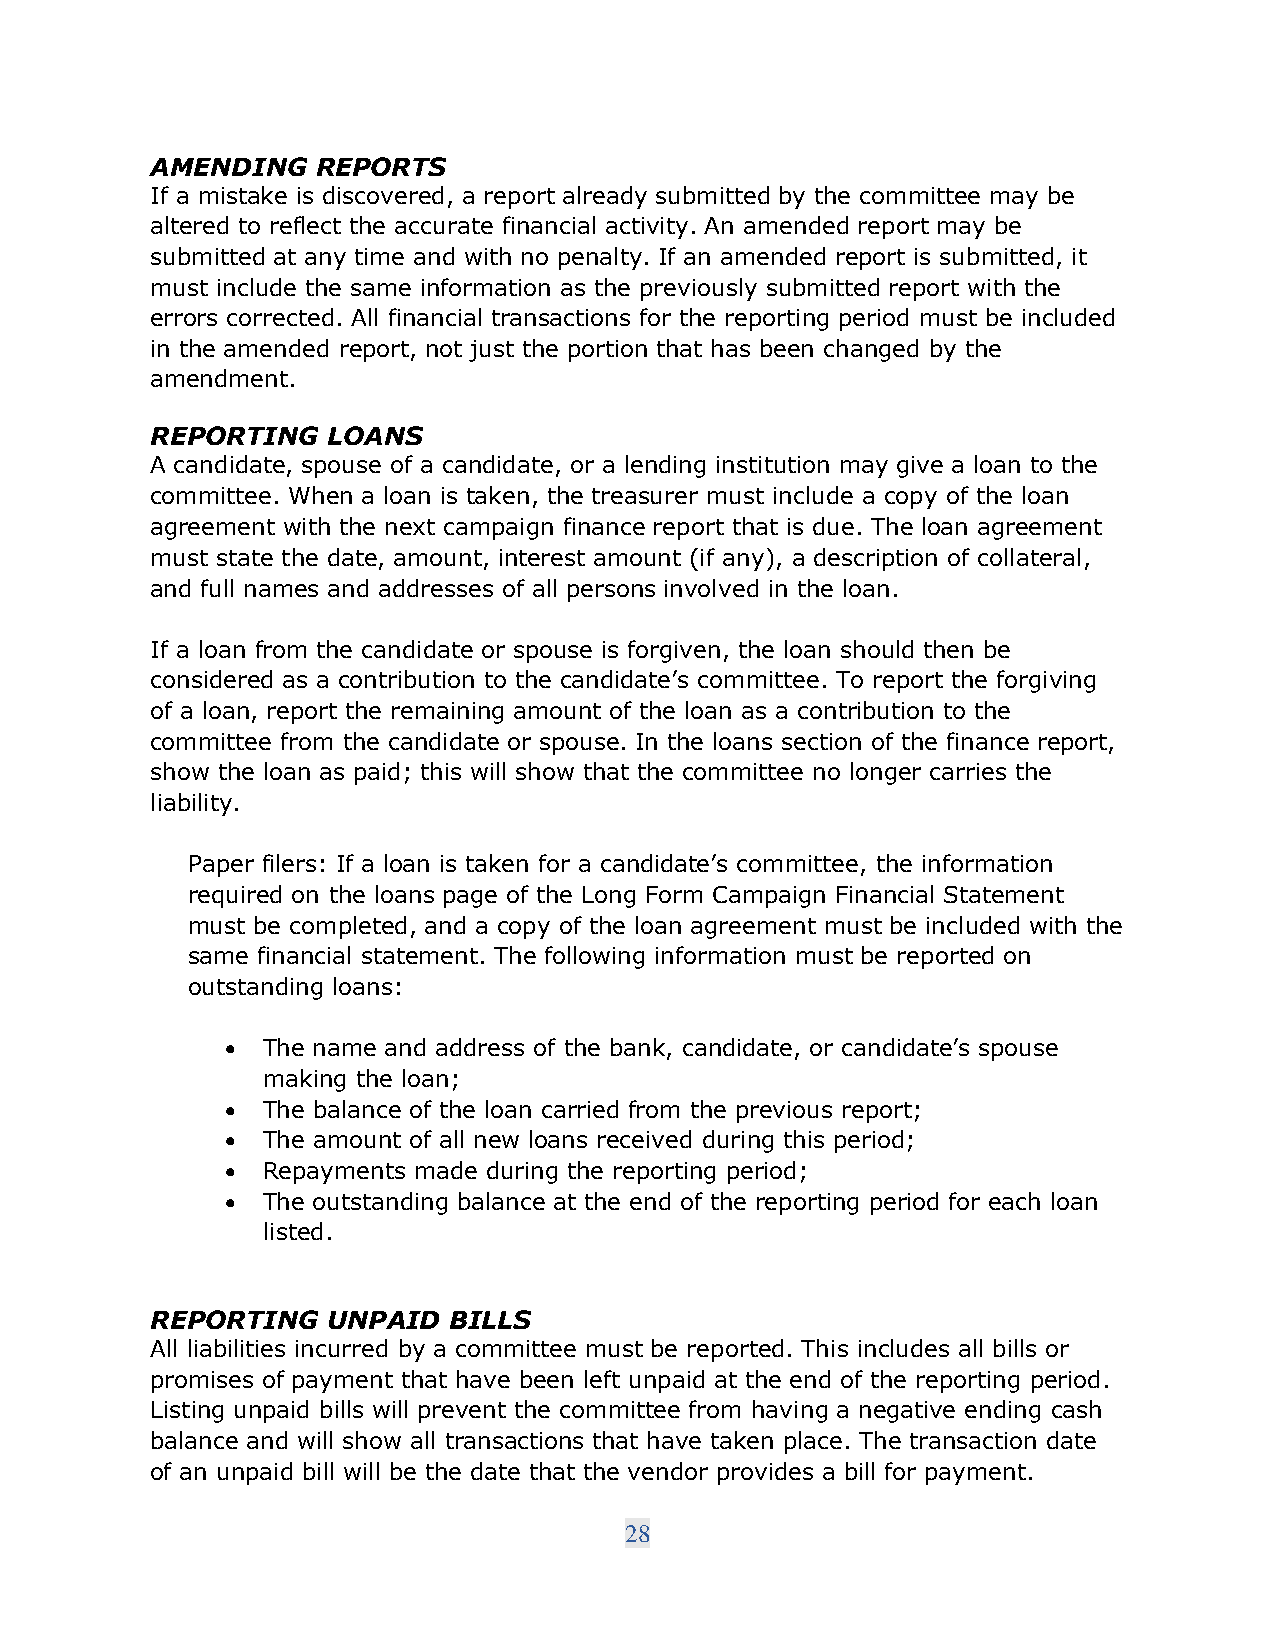
AMENDING   REPORTS
 If a mistake is discovered, a report already submitted by the committee may be
 altered to reflect the accurate financial activity. An amended report may be
 submitted at any time and with no penalty. If an amended report is submitted, it
 must include the same information as the previously submitted report with the
 errors corrected. All financial transactions for the reporting period must be included
 in the amended report, not just the portion that has been changed by the
 amendment.
 REPORTING   LOANS
 A candidate, spouse of a candidate, or a lending institution may give a loan to the
 committee. When a loan is taken, the treasurer must include a copy of the loan
 agreement with the next campaign finance report that is due. The loan agreement
 must state the date, amount, interest amount (if any), a description of collateral,
 and full names and addresses of all persons involved in the loan.
 If a loan from the candidate or spouse is forgiven, the loan should then be
 considered as a contribution to the candidate’s committee. To report the forgiving
 of a loan, report the remaining amount of the loan as a contribution to the
 committee from the candidate or spouse. In the loans section of the finance report,
 show the loan as paid; this will show that the committee no longer carries the
 liability.
 Paper filers: If a loan is taken for a candidate’s committee, the information
 required on the loans page of the Long Form Campaign Financial Statement
 must be completed, and a copy of the loan agreement must be included with the
 same financial statement. The following information must be reported on
 outstanding loans:
 • The name and address of the bank, candidate, or candidate’s spouse
 making the loan;
 • The balance of the loan carried from the previous report;
 • The amount of all new loans received during this period;
 • Repayments made during the reporting period;
 • The outstanding balance at the end of the reporting period for each loan
 listed.
 REPORTING   UNPAID  BILLS
 All liabilities incurred by a committee must be reported. This includes all bills or
 promises of payment that have been left unpaid at the end of the reporting period.
 Listing unpaid bills will prevent the committee from having a negative ending cash
 balance and will show all transactions that have taken place. The transaction date
 of an unpaid bill will be the date that the vendor provides a bill for payment.
 28